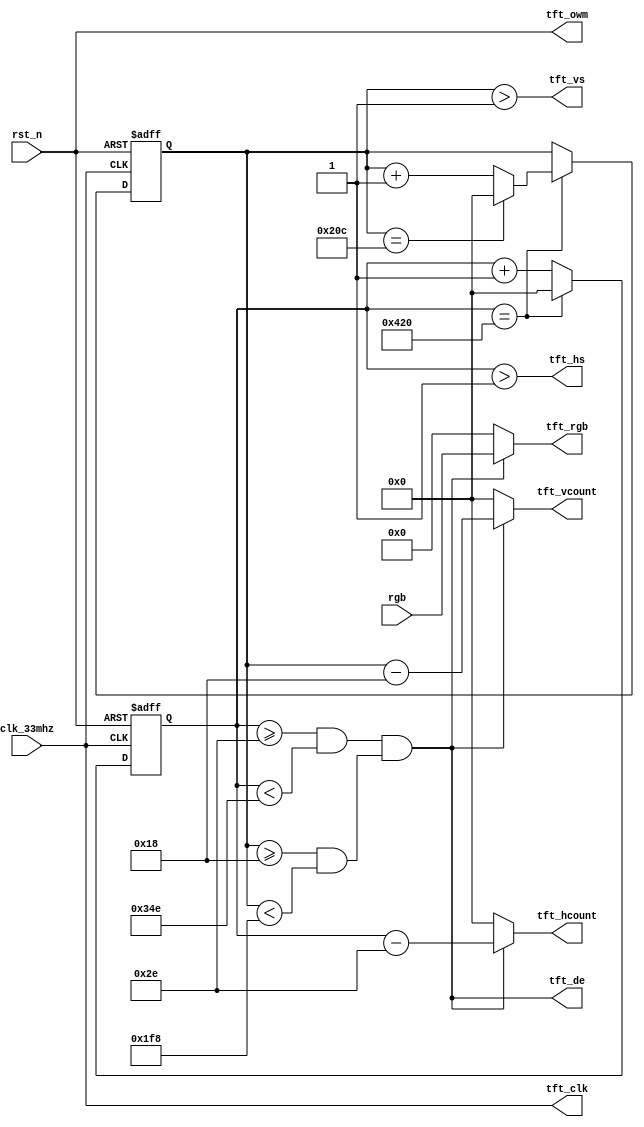
/**
* @brief:
* TFT
*
* 5800x480
* 33Mhz,1056x524
* 33_000_000 Hz / (1056 x 524)= 59.64 Hz
*/
module tft_driver(
	input wire clk_33mhz,
	input wire rst_n,
	input wire [15:0] rgb,
	
	output wire tft_clk,				// TFT
	output wire [11:0] tft_hcount,// TFT()
	output wire [11:0] tft_vcount,// TFT()
	output wire [15:0] tft_rgb, 	// TFT
	output wire tft_hs,				// TFT
	output wire tft_vs,				// TFT
	output wire tft_de,				// TFT
	output wire tft_owm				// TFT
);


localparam
	// 
	hs_end = 10'd1,
	hdat_begin = 10'd46,
	hdat_end = 10'd846,
	h_end = 12'd1056,
	// 
	vs_end = 10'd1,
	vdat_begin = 10'd24,
	vdat_end = 10'd504,
	v_end = 10'd524;


// TFT
assign tft_clk = clk_33mhz;


// TFT
assign tft_owm = rst_n;


// TFT
reg [11:0] tft_hcount_r;
always @(posedge clk_33mhz or negedge rst_n)
	if (rst_n == 1'b0)
		tft_hcount_r <= 12'd0;
	else if (tft_hcount_r == h_end)
		tft_hcount_r <= 12'd0;
	else
		tft_hcount_r <= tft_hcount_r + 12'd1;


// TFT
reg [11:0] tft_vcount_r;
always @(posedge clk_33mhz or negedge rst_n)
	if (rst_n == 1'b0)
		tft_vcount_r <= 12'd0;
	else if (tft_hcount_r == h_end) begin
		if (tft_vcount_r == v_end)
			tft_vcount_r <= 12'd0;
		else
			tft_vcount_r <= tft_vcount_r + 12'd1;
	end


// 
assign tft_hcount = tft_de ? (tft_hcount_r - hdat_begin) : 12'd0;
assign tft_vcount = tft_de ? (tft_vcount_r - vdat_begin) : 12'd0;

assign tft_hs = (tft_hcount_r > hs_end);
assign tft_vs = (tft_vcount_r > vs_end);
assign tft_de = ((tft_hcount_r >= hdat_begin) && (tft_hcount_r < hdat_end))
				&& ((tft_vcount_r >= vdat_begin) && (tft_vcount_r < vdat_end));

assign tft_rgb = tft_de ? rgb : 16'h0000;


endmodule